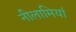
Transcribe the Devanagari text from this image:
नीलामियां